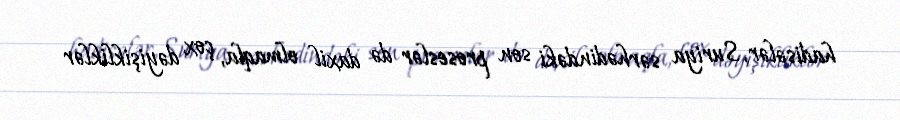
hadisələr, Suriya sərhədindəki son proseslər də daxil olmaqla, çox dəyişikliklər